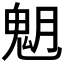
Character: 𩲞